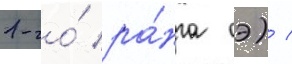
1-го́ ра́нга оэ) /